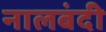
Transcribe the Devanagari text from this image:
नालबंदी